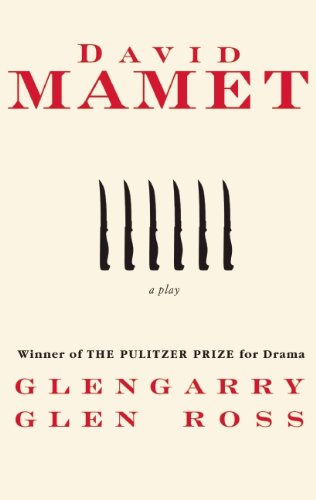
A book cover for Glengarry Glen Ross: A Play; David Mamet; Literature & Fiction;